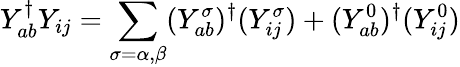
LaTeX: Y_{ab}^{\dagger}Y_{ij}=\sum_{\sigma=\alpha,\beta}(Y_{ab}^{\sigma})^{\dagger}(Y_{ij}^{\sigma})+(Y_{ab}^{0})^{\dagger}(Y_{ij}^{0})